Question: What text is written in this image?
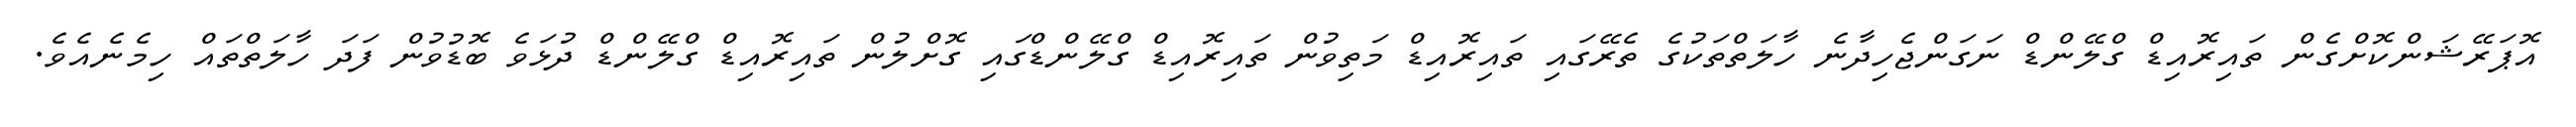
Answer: އޮޕަރޭޝަންކޮށްގެން ތައިރޮއިޑް ގްލޭންޑް ނަގަންޖެހިދާނެ ހާލަތްތަކުގެ ތެރޭގައި ތައިރޮއިޑް މަތިވުން ތައިރޮއިޑް ގްލޭންޑްގައި ގޮށްލުން ތައިރޮއިޑް ގްލޭންޑް ދުޅަވެ ބޮޑުވުން ފަދަ ހާލަތްތައް ހިމެނެއެވެ.